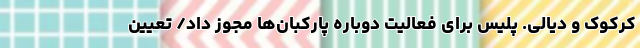
کرکوک و دیالی. پلیس برای فعالیت دوباره پارکبان‌ها مجوز داد/ تعیین